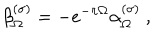
LaTeX: \beta _ { \Omega } ^ { ( \sigma ) } = - e ^ { - \pi \Omega } \alpha _ { \Omega } ^ { ( \sigma ) } \ ,